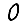
Digit: 0